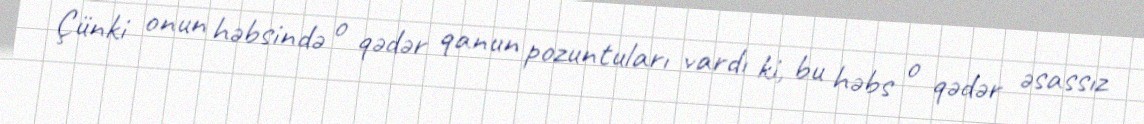
Çünki onun həbsində o qədər qanun pozuntuları vardı ki, bu həbs o qədər əsassız